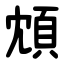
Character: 䪴